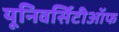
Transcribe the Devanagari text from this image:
यूनिवर्सिटीऑफ